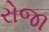
રોજા